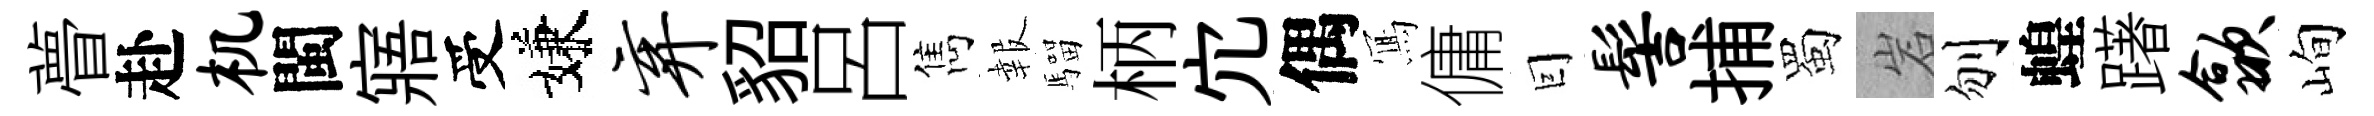
瞢赴机閩寤受嫌弃貂呂雋報騮柄宂偶𭂁傭囙髻捕蜀岩刎蝗躇歙峋